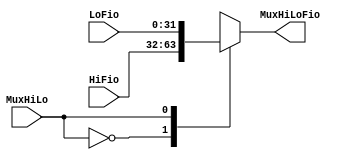
module MuxHiLo( input wire [31:0] HiFio, input wire [31:0] LoFio, input wire [0:0] MuxHiLo, output reg [31:0] MuxHiLoFio);

always begin
		case(MuxHiLo)
			1'b0: 
			begin
			MuxHiLoFio <= HiFio;
			end
						
			1'b1:
			begin
			MuxHiLoFio <= LoFio;
			end
			
		endcase
	end
 
	

endmodule